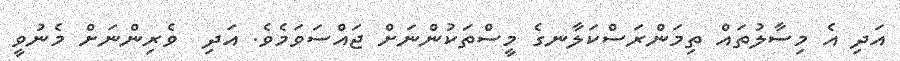
އަދި އެ މިސާލުތައް ތިމަންރަސްކަލާނގެ މީސްތަކުންނަށް ޖައްސަވަމެވެ. އަދި  ވެރިންނަށް މެނުވީ